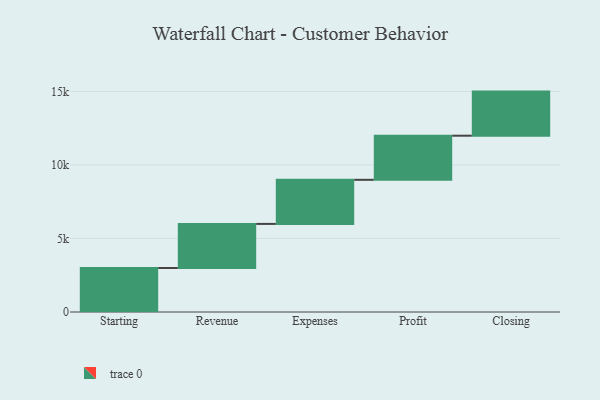
{"axis": {"x": "Step", "y": "Value"}, "legend": [""], "data": [{"x": "Starting", "y": 2992.0, "type": ""}, {"x": "Revenue", "y": 3000, "type": ""}, {"x": "Expenses", "y": 3000, "type": ""}, {"x": "Profit", "y": 3000, "type": ""}, {"x": "Closing", "y": 3000, "type": ""}]}